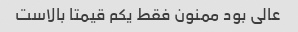
عالی بود ممنون فقط یکم قیمتا بالاست